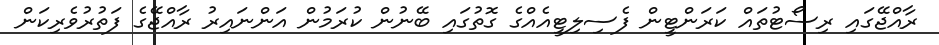
ރާއްޖޭގައި ރިސޯޓުތައް ކަރަންޓީން ފެސިލިޓީއެއްގެ ގޮތުގައި ބޭނުން ކުރަމުން އަންނައިރު ރާއްޖޭގެ ފަތުރުވެރިކަން